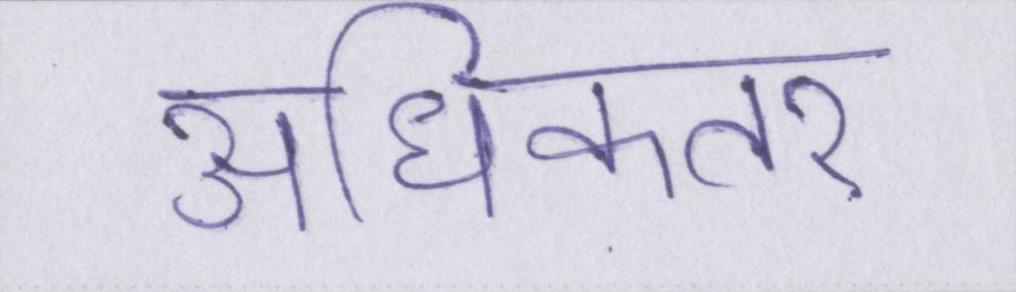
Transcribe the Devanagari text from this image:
अधिकतर